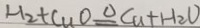
H _ { 2 } + C u O \Delta q C u + H _ { 2 } O